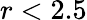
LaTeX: r<2.5